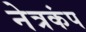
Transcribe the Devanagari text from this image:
नेत्रकंप